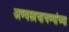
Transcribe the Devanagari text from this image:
अण्वस्त्रचाचण्यांच्या